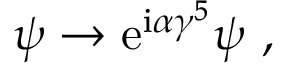
\psi \to \mathrm { e } ^ { \mathrm { i } \alpha \gamma ^ { 5 } } \psi \ ,